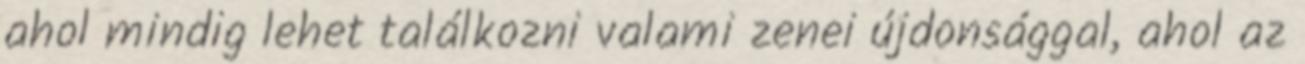
ahol mindig lehet találkozni valami zenei újdonsággal, ahol az